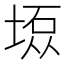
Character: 𫮇